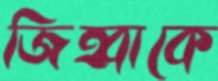
জিহ্বাকে